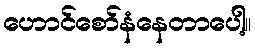
ဟောင်စော်နံနေတာပေါ့။